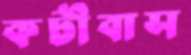
কটীবাস